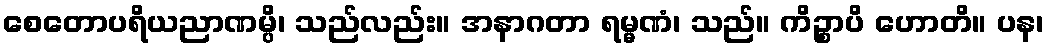
စေတောပရိယညာဏမ္ပိ၊ သည်လည်း။ အနာဂတာ ရမ္မဏံ၊ သည်။ ကိဉ္စာပိ ဟောတိ။ ပန၊